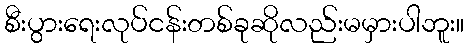
စီးပွားရေးလုပ်ငန်းတစ်ခုဆိုလည်းမမှားပါဘူး။